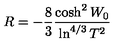
R = - \frac { 8 } { 3 } \frac { \cosh ^ { 2 } W _ { 0 } } { \ln ^ { 4 / 3 } T ^ { 2 } }